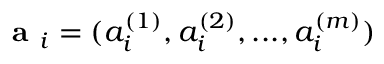
\textbf { a } _ { i } = ( a _ { i } ^ { ( 1 ) } , a _ { i } ^ { ( 2 ) } , . . . , a _ { i } ^ { ( m ) } )